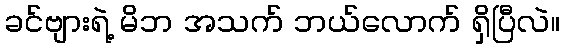
ခင်ဗျားရဲ့ မိဘ အသက် ဘယ်လောက် ရှိပြီလဲ။